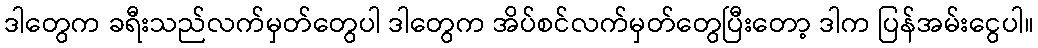
ဒါတွေက ခရီးသည်လက်မှတ်တွေပါ ဒါတွေက အိပ်စင်လက်မှတ်တွေပြီးတော့ ဒါက ပြန်အမ်းငွေပါ။